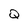
Character: Q